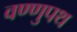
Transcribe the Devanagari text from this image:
वण्णुपथ